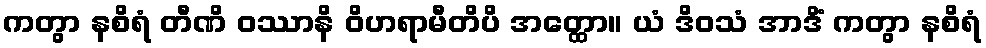
ကတွာ နစိရံ တီဏိ ဝဿာနိ ဝိဟရာမီတိပိ အတ္ထော။ ယံ ဒိဝသံ အာဒိံ ကတွာ နစိရံ